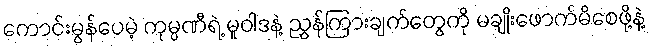
ကောင်းမွန်ပေမဲ့ ကုမ္ပဏီရဲ့ မူဝါဒနဲ့ ညွှန်ကြားချက်တွေကို မချိုးဖောက်မိစေဖို့နဲ့